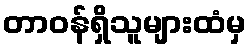
တာဝန်ရှိသူများထံမှ